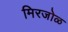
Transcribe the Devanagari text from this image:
मिरजोळ